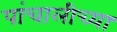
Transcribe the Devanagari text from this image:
पांचालीच्या